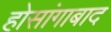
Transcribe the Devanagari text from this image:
होसांगाबाद